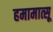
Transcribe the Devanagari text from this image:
हमामात्सू